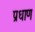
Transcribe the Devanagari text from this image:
प्रधाण